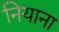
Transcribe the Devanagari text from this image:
नियाना